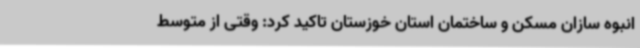
انبوه سازان مسکن و ساختمان استان خوزستان تاکید کرد: وقتی از متوسط